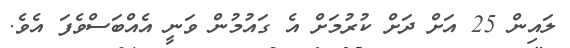
ލައިން 25 އަށް ދަށް ކުރުމަށް އެ ގައުމުން ވަނީ އެއްބަސްވެފަ އެވެ.